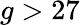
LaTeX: g>27